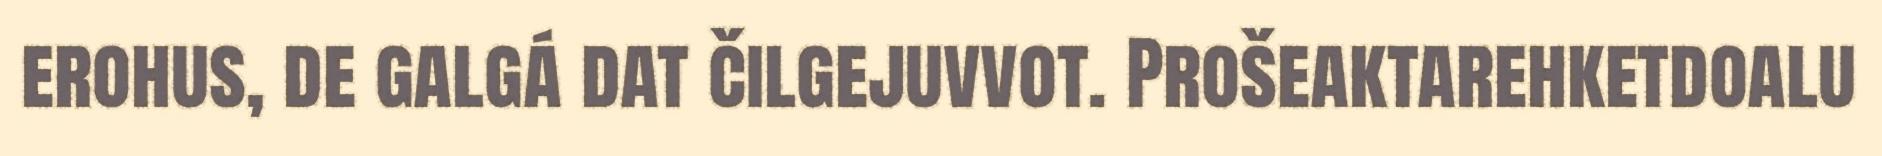
erohus, de galgá dat čilgejuvvot. Prošeaktarehketdoalu